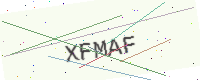
Text: XFMAF